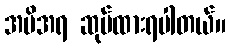
အမိအရ ဆုပ်ထားရပါတယ်။